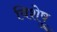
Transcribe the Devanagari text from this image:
विशेषु